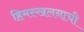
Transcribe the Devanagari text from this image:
हिमस्खलनाची